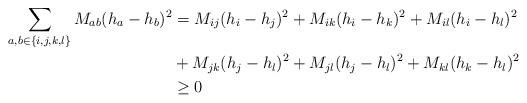
LaTeX: \begin{align*} \sum_{a,b\in\{i,j,k,l\}}M_{ab}(h_a-h_b)^2&= M_{ij}(h_i-h_j)^2+M_{ik}(h_i-h_k)^2+M_{il}(h_i-h_l)^2 \\ &+M_{jk}(h_j-h_l)^2+M_{jl}(h_j-h_l)^2+M_{kl}(h_k-h_l)^2\\ &\ge 0\end{align*}